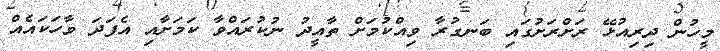
މީހުން ދިރިއުޅޭ ރަށްރަށުގައި ބަނގުރާ ވިއްކުމަށް ތާއީދު ނުކުރައްވާ ކަމަށާއި އެފަދަ ވާހަކައެއް